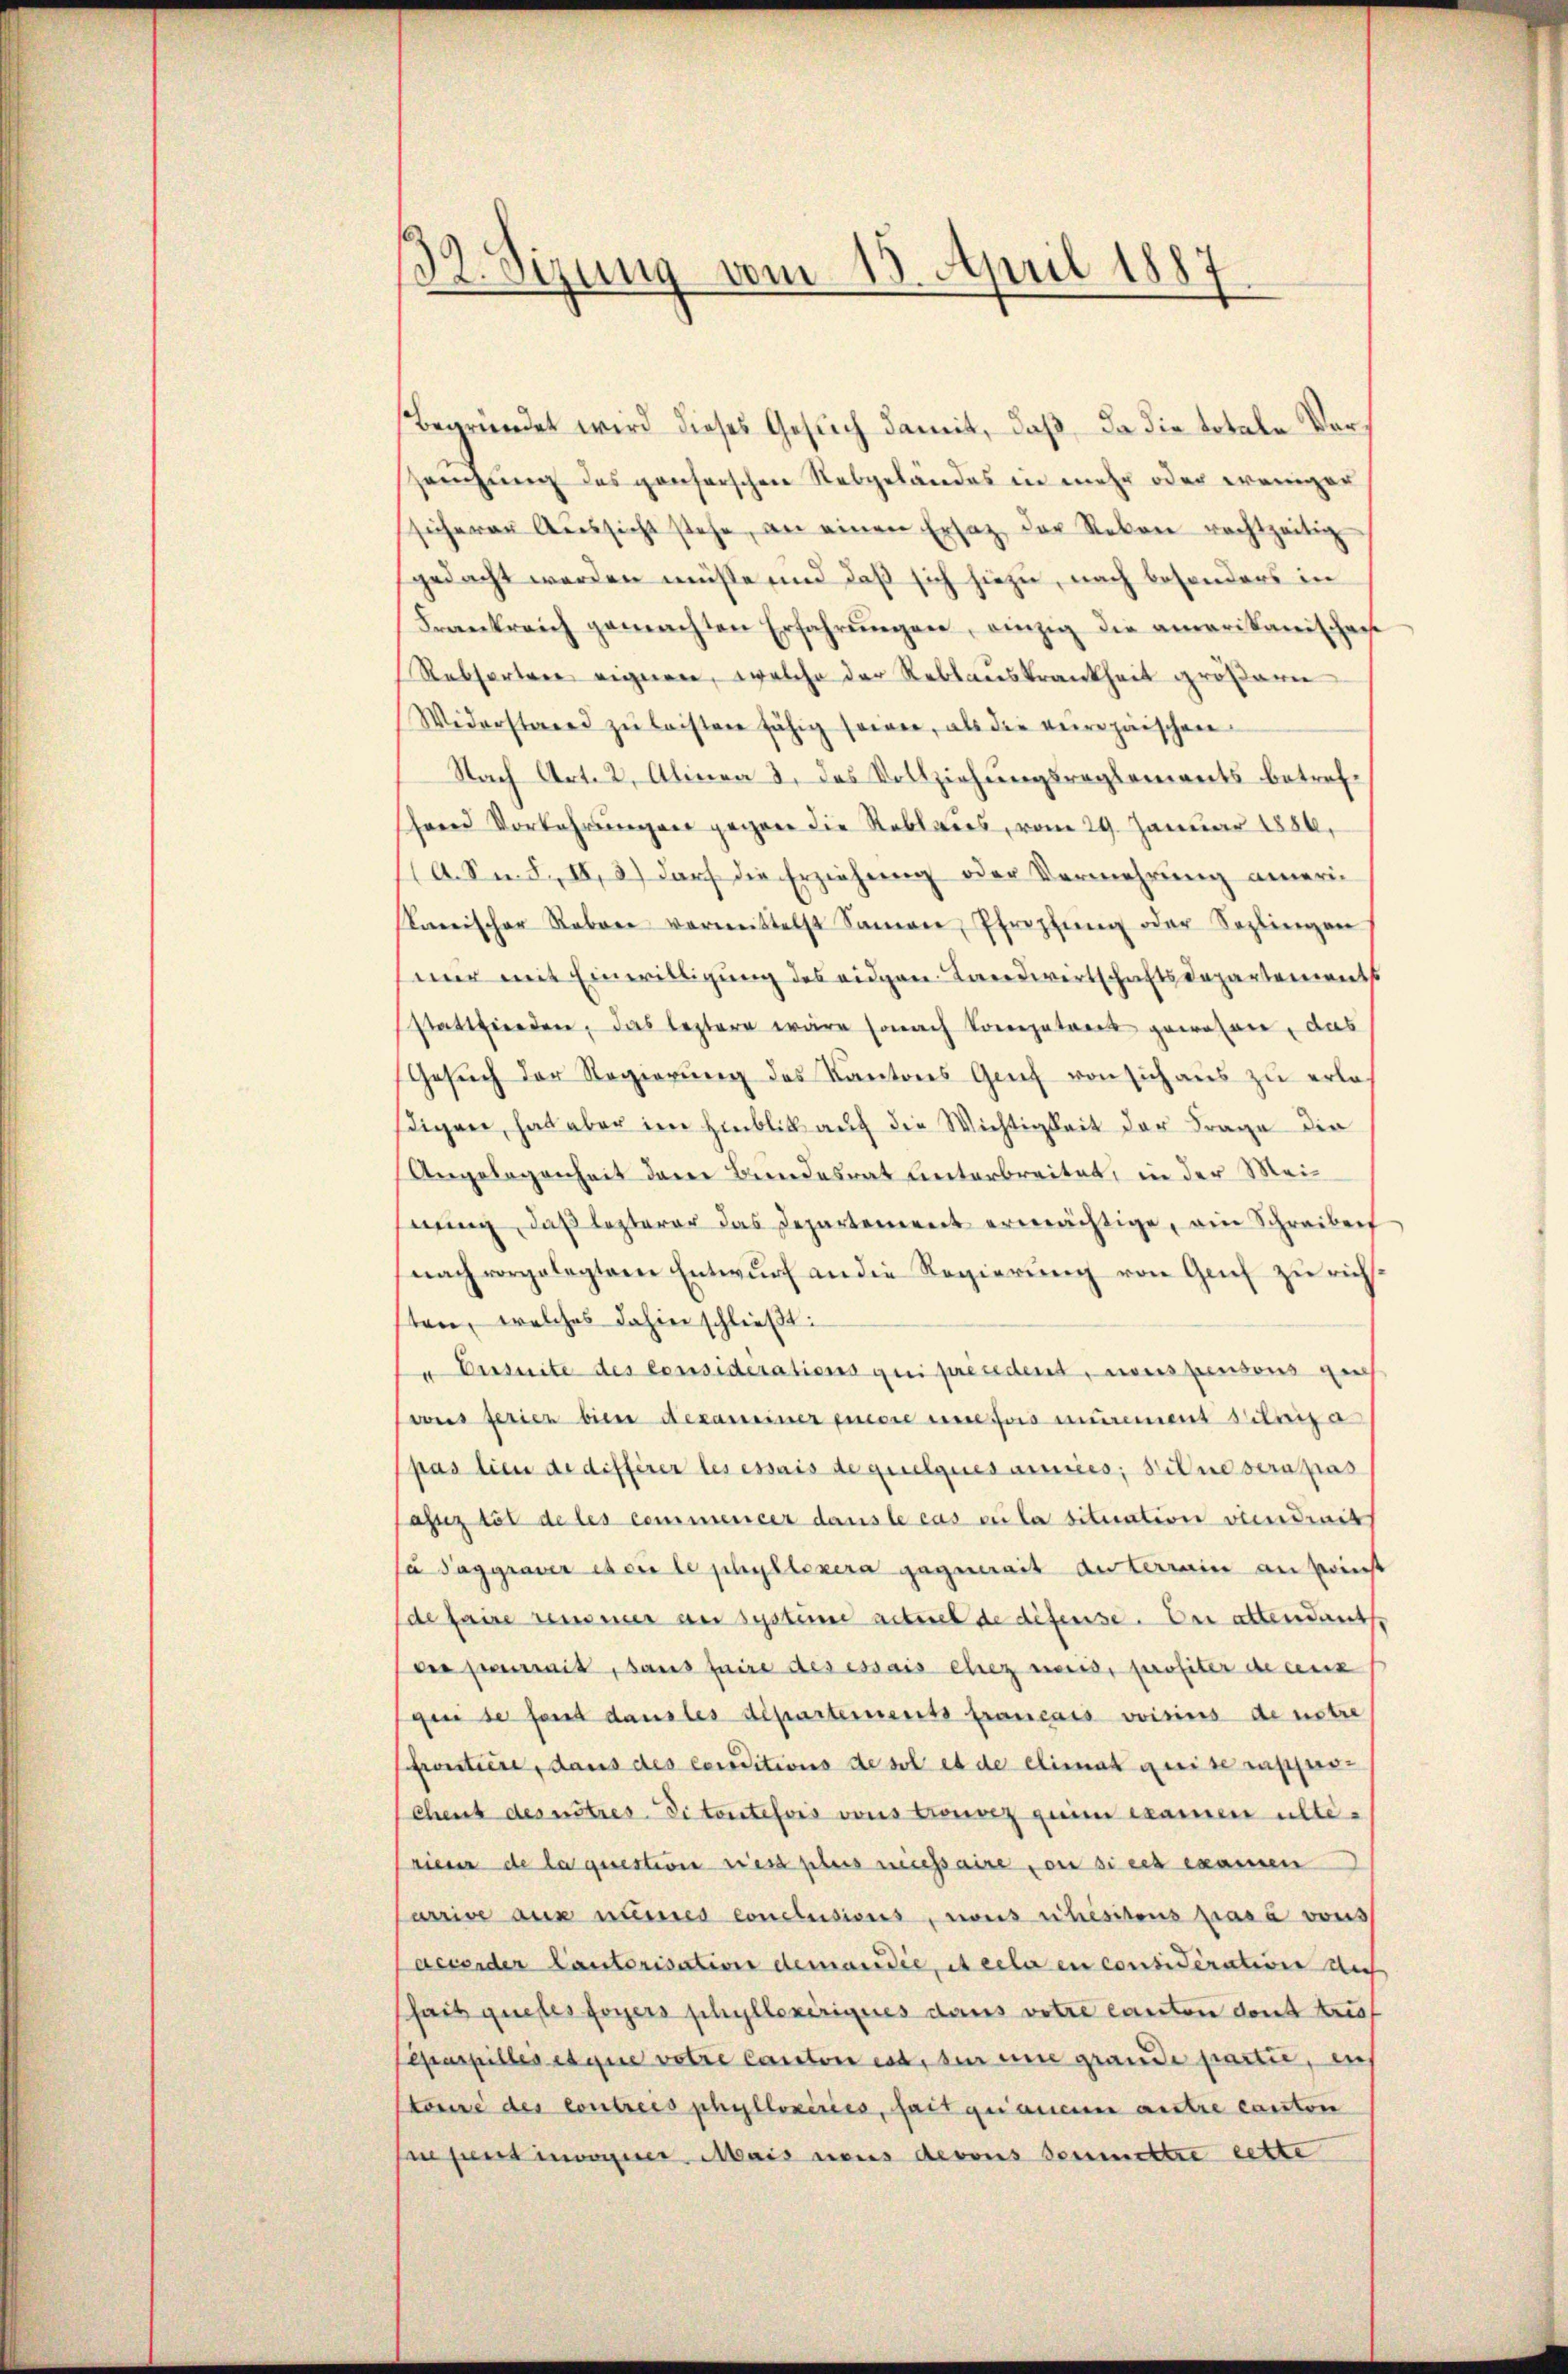
32. Sizung vom 15. April 1887

Begründet wird dieses Gesuch damit, daß da die totale Vorzeugung des genserschen Rebgeländes in mehr oder weniger
sicheren Aŭssicht stehe, an einen Ersatz der Reben rechtzeitig
gedacht werden müsse und daß sich hiezu, nach besonders in
Frankreich gemachten Erfahrŭngen, einzig die amerikanischen
Rebsarten eignen, welche der Reblaŭskrankheit großaren
Widerstand zŭ leisten fähig sowie, als die veropäischen
Nach Art. 2. Alinea 2. des Vollziehungsreglements betrefhard Vorkehrungen gegen die Reblaues, vom 29. Januar 1886,
(A. Sid. II, 3) darf die Erziehung oder Vermehrung annerikanischer Reben vermittelst Samen, Pfropfŭng oder Seglingen
mur mit Einwilligung des eidgen Landwirtschaftsdepartements
stattfinden, das leztere wäre sonach Vorgatares gewesen, das
Gesuch der Regierung des Kantons Graf von sich aus zu erlas
digen, hat aber im Hinblick auf die Wichtigkeit der Frage die
Angelegenheit dem Bundesrat unterbreitet, in der Meinung, daß lezterer das Departement ermächtige, ain Schreiben
nach vorgelegtem Entwŭrf an die Regierŭng von Genf zŭ richt
ten, welches dahin schließt:
u Derseite des Considérations qui président, nous pensons geh
vous ferien bien dekaseiner einere eine fois murement sitorisa
pas lieu de différer les essais de quelques amices; il ne sera pas
afz töl de les commencer dans le cas cela situation viendrait
u Taggraver es er le phyllexera gegenait au terrain an keinst
de faire sensmer an systeme acturel de difense. Der attendants
der perit, dans faire des essais chez weis, profiter de aux
gei se font danstes departements français voisius de notre
froutiere, dans des conditions de sol es de climat geeise rupfers¬
Chent des autres Ditoutefois vons trouvez zum examen alterieur de la question riest pers necessaire on sich examen
arrive aus numes conclusions, zweis ritesitens prasa vons
dewender Cantorisation demandie, et cela en considérativen doch
fait guetes foyers schyllexirigues dans votire canten dont treu
Pepaspilles et que votre canton est, bei eine grande partie, aus
tone des contreis phyllozirées, fait quianenen autre canton
sperrt inner Mais neues devons soumettre cette